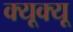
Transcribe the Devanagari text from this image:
क्यूक्यू